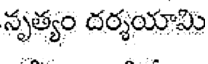
నృత్యం దర్శయామి